Annual statistical returns and brief notes on vaccination in Bengal - 1909-1929
Year: 1909
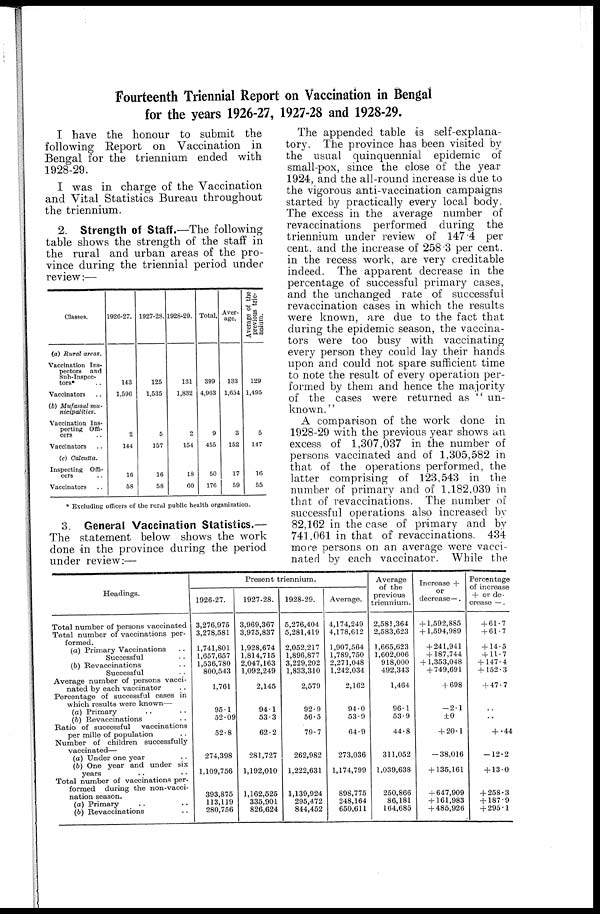
Fourteenth Triennial Report on Vaccination in Bengal
for the years 1926-27, 1927-28 and 1928-29.
I have the honour to submit the
following Report on Vaccination in
Bengal for the triennium ended with
1928-29.
I was in charge of the Vaccination
and Vital Statistics Bureau throughout
the triennium.
2. Strength of Staff.—The following
table shows the strength of the staff in
the rural and urban areas of the pro-
vince during the triennial period under
review:—
Classes.
(a) Rural areas.
Vaccination Ins-
pectors and
Sub-Inspec-
tors*..
Vaccinators..
(b) Mufassal mu-
nicipalities.
Vaccination Ins-
pecting Offi-
cers
Vaccinators..
(c) Calcutta.
Inspecting Offi-
cers..
Vaccinators..
1926-27.
143
1,596
2
144
16
58
1927-28.
125
1,535
5
157
16
58
1928-29.
131
1,832
2
154
18
60
Total.
399
4,963
9
455
50
176
Aver-
age.
133
1,654
3
152
17
59
Average of the
previous trie-
nnium.
129
1,495
5
147
16
55
* Excluding officers of the rural public health organization.
3. General Vaccination Statistics.—
The statement below shows the work
done in the province during the period
under review:—
The appended table is self-explana-
tory. The province has been visited by
the usual quinquennial epidemic of
small-pox, since the close of the year
1924, and the all-round increase is due to
the vigorous anti-vaccination campaigns
started by practically every local body.
The excess in the average number of
revaccinations performed during the
triennium under review of 147.4 per
cent. and the increase of 258.3 per cent.
in the recess work, are very creditable
indeed. The apparent decrease in the
percentage of successful primary cases,
and the unchanged rate of successful
revaccination cases in which the results
were known, are due to the fact that
during the epidemic season, the vaccina-
tors were too busy with vaccinating
every person they could lay their hands
upon and could not spare sufficient time
to note the result of every operation per-
formed by them and hence the majority
of the cases were returned as " un-
known."
A comparison of the work done in
1928-29 with the previous year shows an
excess of 1,307,037 in the number of
persons vaccinated and of 1,305,582 in
that of the operations performed, the
latter comprising of 123,543 in the
number of primary and of 1,182,039 in
that of revaccinations. The number of
successful operations also increased by
82,162 in the case of primary and by
741,061 in that of revaccinations. 434
more persons on an average were vacci-
nated by each vaccinator. While the
Headings.
Total number of persons vaccinated
Total number of vaccinations per-
formed.
(a) Primary Vaccinations..
Successful..
(b) Revaccinations..
Successful..
Average number of persons vacci-
nated by each vaccinator..
Percentage of successful cases in
which results were known—
(a) Primary..
(b) Revaccinations..
Ratio of successful
vaccinations
per mille of population
Number of children
successfully
vaccinated—
(a) Under one year..
(b) One year and under six
years
Total number of vaccinations per-
formed
during the non-vacci-
nation season.
(a) Primary..
(b) Revaccinations..
Present triennium.
1926-27.
3,276,975
3,278,581
1,741,801
1,657,657
1,536,780
800,543
1,761
95.1
52.09
52.8
274,398
1,109,756
393,875
113,119
280,756
1927-28.
3,969,367
3,975,837
1,928,674
1,814,715
2,047,163
1,092,249
2,145
94.1
53.3
62.2
281,727
1,192,010
1,162,525
335,901
826,624
1928-29.
5,276,404
5,281,419
2,052,217
1,896,877
3,229,202
1,833,310
2,579
92.9
56.5
79.7
262,982
1,222,631
1,139,924
295,472
844,452
Average.
4,174,249
4,178,612
1,907,564
1,789,750
2,271,048
1,242,034
2,162
94.0
53.9
64.9
273,036
1,174,799
898,775
248,164
650,611
Average
of the
previous
triennium.
2,581,364
2,583,623
1,665,623
1,602,006
918,000
492,343
1,464
96.1
53.9
44.8
311,052
1,039,638
250,866
86,181
164,685
Increase +
or
decrease—.
+ 1,592,885
+1,594,989
+ 241,941
+ 187,744
+ 1,353,048
+ 749,691
+ 698
—2.1
± 0
+ 20.1
—38,016
+ 135,161
+ 647,909
+ 161,983
+ 485,926
Percentage
of increase
+ or de-
crease —.
+ 61.7
+ 61.7
+ 14.5
+ 11.7
+ 147.4
+ 152.3
+ 47.7
..
..
+ .44
—12.2
+ 13.0
+ 258.3
+ 187.9
+ 295.1